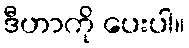
ဒီဟာကို ပေးပါ။